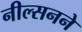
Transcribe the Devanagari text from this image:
नील्सनने